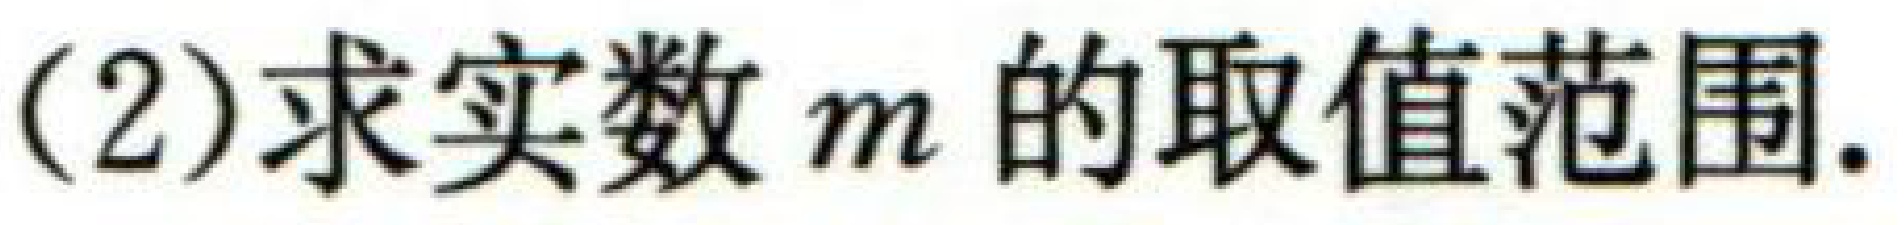
(2)求实数 \(m\) 的取值范围.